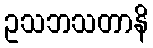
ဥသဘသတာနိ